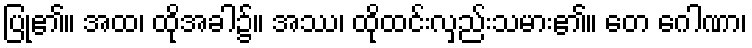
ပြု၏။ အထ၊ ထိုအခါ၌။ အဿ၊ ထိုထင်းလှည်းသမား၏။ တေ ဂေါဏာ၊